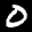
Label: 0